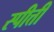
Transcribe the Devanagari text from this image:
स्पीत्ती